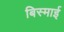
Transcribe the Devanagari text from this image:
बिस्माई